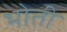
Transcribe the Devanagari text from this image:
भोती